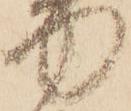
何